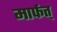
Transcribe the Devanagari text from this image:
मार्फत्‌